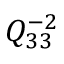
Q _ { 3 3 } ^ { - 2 }